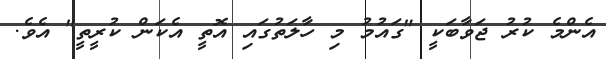
އެންމެ ކުރު ޖަވާބަކީ "ގައުމު މި ހާލަތުގައި އޮތީ އެކަން ކުރީތީ" އެވެ.